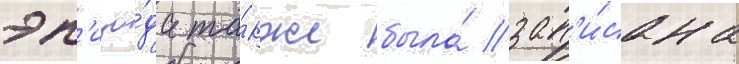
эп'изо́да та́кже была́ зап'и́сана